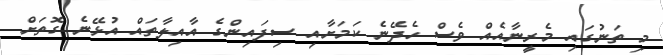
މި ތަނުގައި މެރީނާއެއް ވެސް ހެދޭނެ ކަމަށާއި ސިފައިންގެ އާއިލާތައް އުޅޭނެ ގޮތަށް